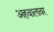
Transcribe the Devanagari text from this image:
अहवालावर